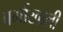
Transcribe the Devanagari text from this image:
वर्गाखाली